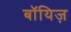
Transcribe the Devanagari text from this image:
बॉयिज़